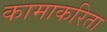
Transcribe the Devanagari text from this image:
कामाकरिता